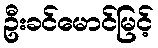
ဦးခင်မောင်မြင့်